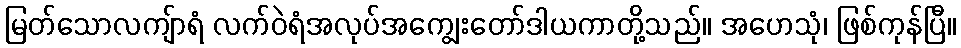
မြတ်သောလကျ်ာရံ လက်ဝဲရံအလုပ်အကျွေးတော်ဒါယကာတို့သည်။ အဟေသုံ၊ ဖြစ်ကုန်ပြီ။